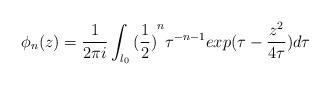
LaTeX: \begin{align*}\phi _{n}(z)=\frac{1}{2\pi i}\int_{l_{0}}{(\frac{1}{2})}^{n}\tau^{-n-1}exp(\tau -\frac{z^{2}}{4\tau })d\tau \end{align*}